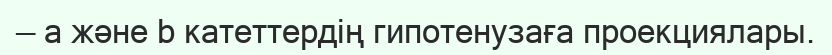
— a және b катеттердің гипотенузаға проекциялары.